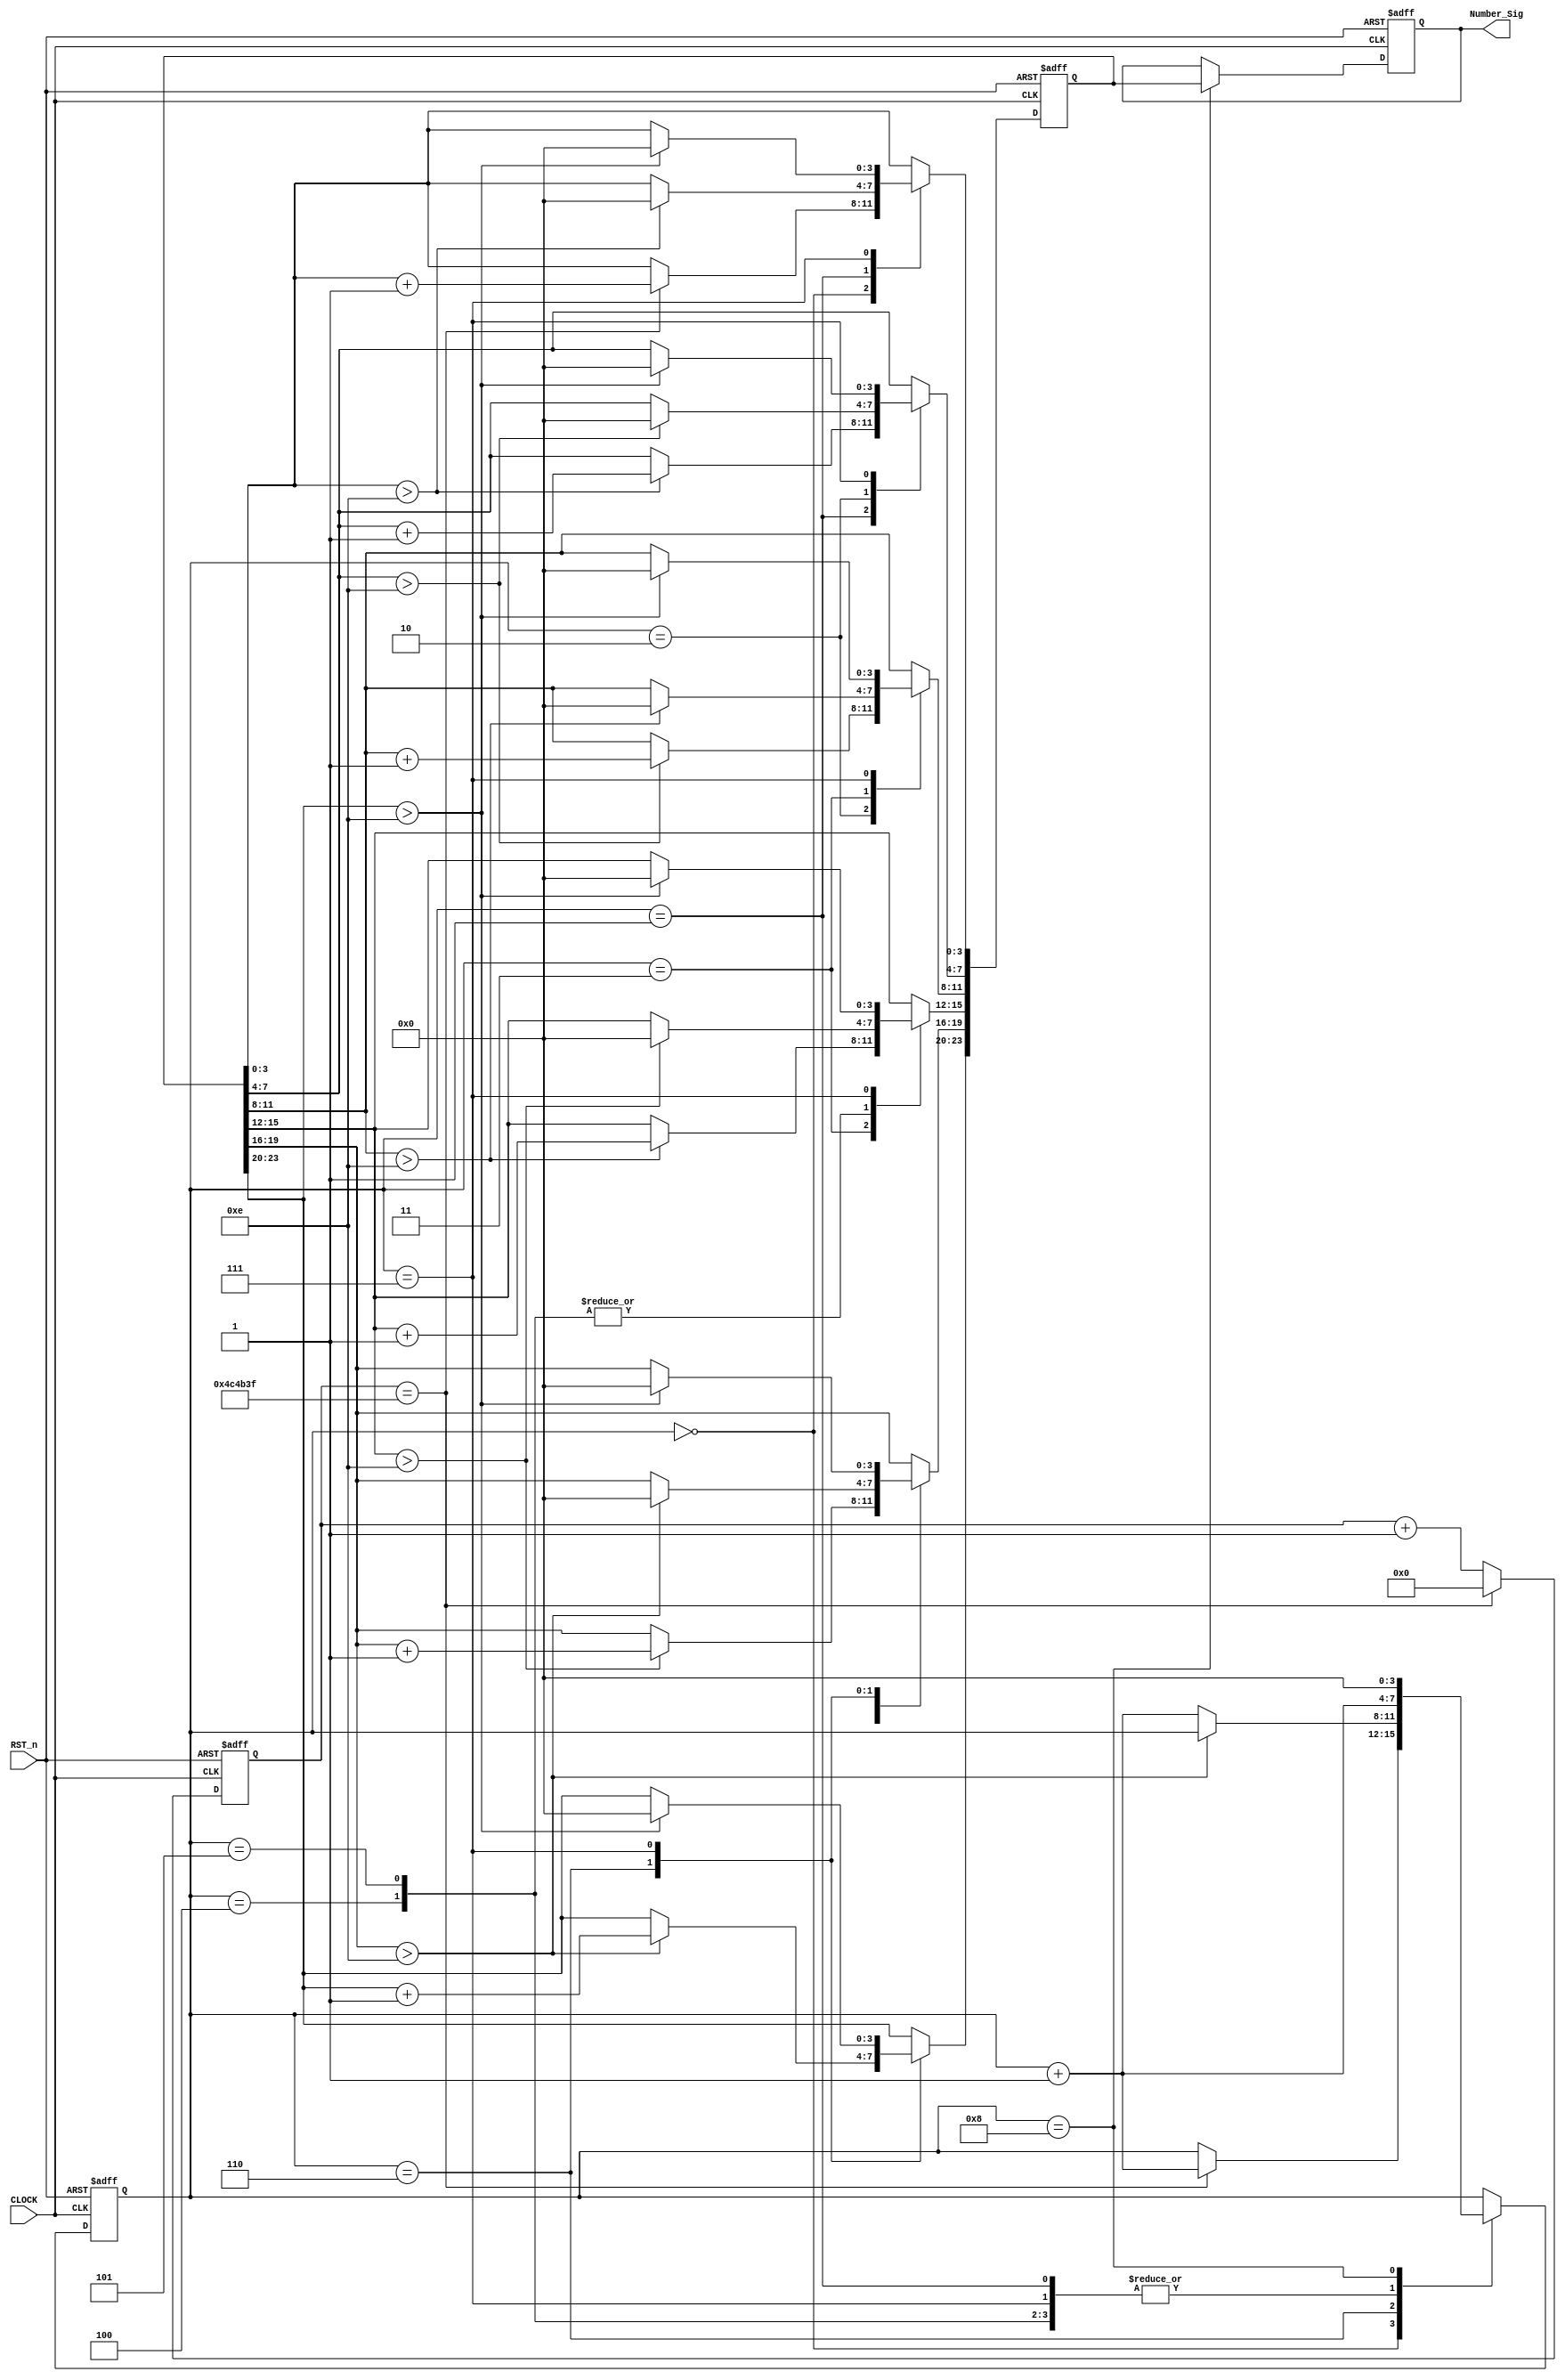
//****************************************************************************//
//# @Author: 
//# @Date:   2019-05-18 23:59:39
//# @Last Modified by:   zlk
//# @WeChat Official Account: OpenFPGA
//# @Last Modified time: 2019-07-21 03:53:37
//# Description: 
//# @Modification History: 2019-07-20 21:04:39
//# Date			    By			   Version			   Change Description: 
//# ========================================================================= #
//# 2019-07-20 21:04:39
//# ========================================================================= #
//# |                                          								| #
//# |                                OpenFPGA     							| #
//****************************************************************************//
module demo_control_module
(
    input CLOCK,
	 input RST_n,
	 output [23:0]Number_Sig
);
   
	 /******************************/
	 
	 parameter T100MS = 23'd4_999_999;
	 
	 /******************************/
	 
	 reg [22:0]C1;
	 
	 always @ ( posedge CLOCK or negedge RST_n )
	     if( !RST_n )
		      C1 <= 23'd0;
		  else if( C1 == T100MS )
		      C1 <= 23'd0;
		  else 
		      C1 <= C1 + 1'b1;
	
	  /*******************************************************/
	 
	 reg [3:0]i;
	 reg [23:0]rNum;
	 reg [23:0]rNumber;
	 
	 always @ ( posedge CLOCK or negedge RST_n )
	      if( !RST_n )
			    begin
			        i <= 4'd0;
					  rNum <= 24'd0;
					  rNumber <= 24'd0;
				 end
		   else
			    case( i )
				 
				     0:
					  if( C1 == T100MS ) begin rNum[3:0] <= rNum[3:0] + 1'b1; i <= i + 1'b1; end
					  
					  1:
					  if( rNum[3:0] > 4'd14 ) begin rNum[7:4] <= rNum[7:4] + 1'b1; rNum[3:0] <= 4'd0; i <= i + 1'b1; end
					  else i <= i + 1'b1; 
					  
					  2:
					  if( rNum[7:4] > 4'd14 ) begin rNum[11:8] <= rNum[11:8] + 1'b1; rNum[7:4] <= 4'd0; i <= i + 1'b1; end
					  else i <= i + 1'b1;
					  
					  3:
					  if( rNum[11:8] > 4'd14 ) begin rNum[15:12] <= rNum[15:12] + 1'b1; rNum[11:8] <= 4'd0; i <= i + 1'b1; end
					  else i <= i + 1'b1;
					  
					  4:
					  if( rNum[15:12] > 4'd14 ) begin rNum[19:16] <= rNum[19:16] + 1'b1; rNum[15:12] <= 4'd0; i <= i + 1'b1; end
			        else i <= i + 1'b1;
					  
					  5:
					  if( rNum[15:12] > 4'd14 ) begin rNum[19:16] <= rNum[19:16] + 1'b1; rNum[15:12] <= 4'd0; i <= i + 1'b1; end	
					  else i <= i + 1'b1;
					  
					  6:
					  if( rNum[19:16] > 4'd14 ) begin rNum[23:20] <= rNum[23:20] + 1'b1; rNum[19:16] <= 4'd0; end
					  else i <= i + 1'b1;
					  
					  7:
					  if( rNum[23:20] > 4'd14 ) begin rNum <= 24'd0; i <= i + 1'b1; end
					  else i <= i + 1'b1; 
					  
					  8:
					  begin rNumber <= rNum; i <= 4'd0; end
				 
				 endcase

    /*******************************************************/
	 
	 assign Number_Sig = rNumber;
	 
	 /*******************************************************/
	 
endmodule